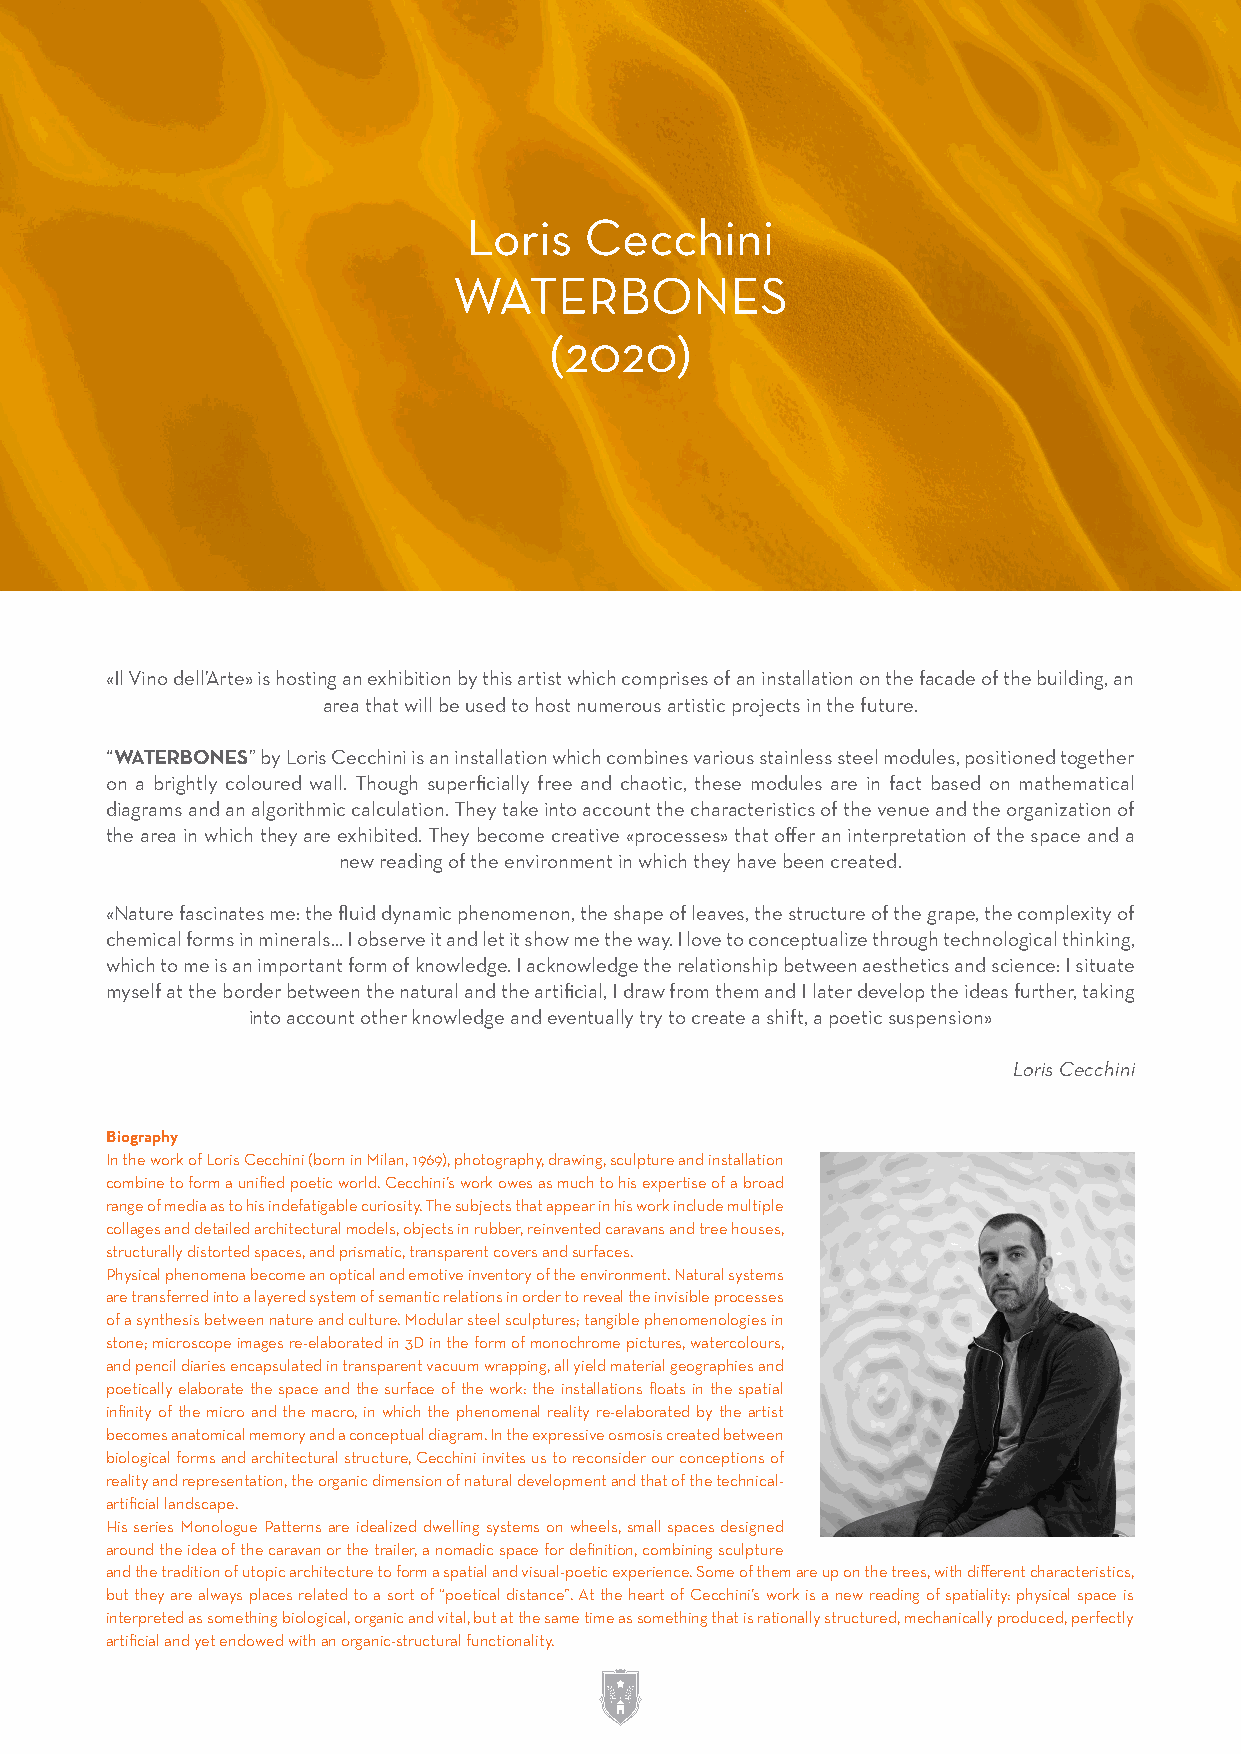
Loris   Cecchini
 WATERBONES
 (2020)
 «Il Vino dell’Arte» is hosting an exhibition by this artist which comprises of an installation on the facade of the building, an
 area that will be used to host numerous artistic projects in the future.
 “WATERBONES” by Loris Cecchini is an installation which combines various stainless steel modules, positioned together
 on a brightly coloured wall. Though superficially free and chaotic, these modules are in fact based on mathematical
 diagrams and an algorithmic calculation. They take into account the characteristics of the venue and the organization of
 the area in which they are exhibited. They become creative «processes» that offer an interpretation of the space and a
 new reading of the environment in which they have been created.
 «Nature fascinates me: the fluid dynamic phenomenon, the shape of leaves, the structure of the grape, the complexity of
 chemical forms in minerals... I observe it and let it show me the way. I love to conceptualize through technological thinking,
 which to me is an important form of knowledge. I acknowledge the relationship between aesthetics and science: I situate
 myself at the border between the natural and the artificial, I draw from them and I later develop the ideas further, taking
 into account other knowledge and eventually try to create a shift, a poetic suspension»
 Loris Cecchini
 Biography
 In the work of Loris Cecchini (born in Milan, 1969), photography, drawing, sculpture and installation
 combine to form a unified poetic world. Cecchini’s work owes as much to his expertise of a broad
 range of media as to his indefatigable curiosity. The subjects that appear in his work include multiple
 collages and detailed architectural models, objects in rubber, reinvented caravans and tree houses,
 structurally distorted spaces, and prismatic, transparent covers and surfaces.
 Physical phenomena become an optical and emotive inventory of the environment. Natural systems
 are transferred into a layered system of semantic relations in order to reveal the invisible processes
 of a synthesis between nature and culture. Modular steel sculptures; tangible phenomenologies in
 stone; microscope images re-elaborated in 3D in the form of monochrome pictures, watercolours,
 and pencil diaries encapsulated in transparent vacuum wrapping, all yield material geographies and
 poetically elaborate the space and the surface of the work: the installations floats in the spatial
 infinity of the micro and the macro, in which the phenomenal reality re-elaborated by the artist
 becomes anatomical memory and a conceptual diagram. In the expressive osmosis created between
 biological forms and architectural structure, Cecchini invites us to reconsider our conceptions of
 reality and representation, the organic dimension of natural development and that of the technical-
 artificial landscape.
 His series Monologue Patterns are idealized dwelling systems on wheels, small spaces designed
 around the idea of the caravan or the trailer, a nomadic space for definition, combining sculpture
 and the tradition of utopic architecture to form a spatial and visual-poetic experience. Some of them are up on the trees, with different characteristics,
 but they are always places related to a sort of “poetical distance”. At the heart of Cecchini’s work is a new reading of spatiality: physical space is
 interpreted as something biological, organic and vital, but at the same time as something that is rationally structured, mechanically produced, perfectly
 artificial and yet endowed with an organic-structural functionality.